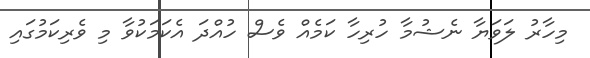
މިހާރު ލަވަޔާ ނެޝުމާ ހުރިހާ ކަމެއް ވެސް ހުއްދަ އެކަމަކުވާ މި ވެރިކަމުގައި